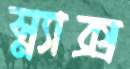
স্ন্যাক্স